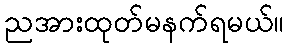
ညအားထုတ်မနက်ရမယ်။